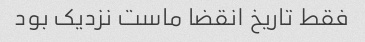
فقط تاریخ انقضا ماست نزدیک بود